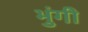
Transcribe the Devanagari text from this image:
भुंगी